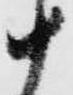
十